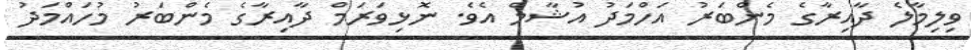
ވިލިމާލެ ދާއިރާގެ މެންބަރު އަހްމަދު އުޝާމް އެވެ. ނޮޅިވަރަމް ދާއިރާގެ މެންބަރު މުހައްމަދު